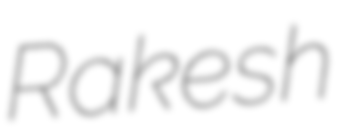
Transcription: Rakesh